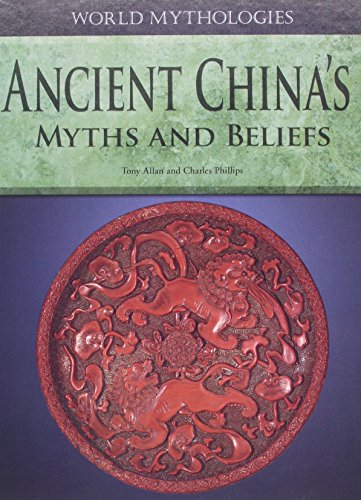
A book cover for Ancient China's Myths and Beliefs (World Mythologies (Rosen)); Tony Allan; Teen & Young Adult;